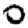
Digit: 0